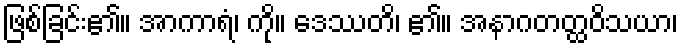
ဖြစ်ခြင်း၏။ အာကာရံ၊ ကို။ ဒေဿတိ၊ ၏။ အနာဂတတ္ထဝိသယာ၊